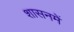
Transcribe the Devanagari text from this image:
शासनमें